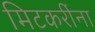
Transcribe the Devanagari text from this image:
मिटकरींना